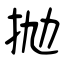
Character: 抛